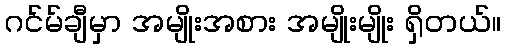
ဂင်မ်ချီမှာ အမျိုးအစား အမျိုးမျိုး ရှိတယ်။